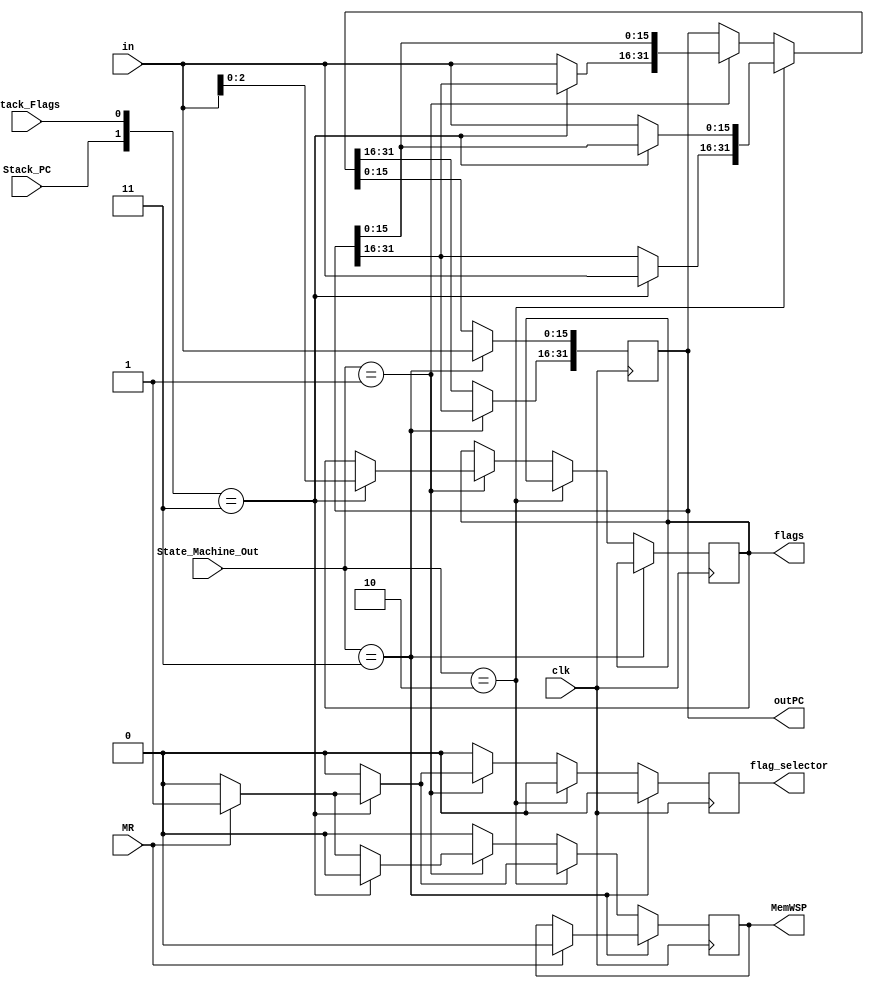
module Accumulator (clk,MR,flags,State_Machine_Out,in,Stack_PC,Stack_Flags,flag_selector,MemWSP,outPC); 
input clk, MR; 
input [1:0] State_Machine_Out;
input  [15:0] in;
input Stack_PC,Stack_Flags;
output reg flag_selector,MemWSP; 
output [31:0] outPC; 
output reg [2:0]flags;
reg [31:0] tmp; 
 
 initial begin
    flag_selector = 1'b0;
    MemWSP = 1'b0;
    flags = 3'd0;
 end


  always @(posedge clk) 
    begin 
      if(State_Machine_Out==2'b11 )
      begin
        flag_selector= 1'b0;
        tmp[15:0] = in; 
        if(MR==1'b1)
        begin 
          MemWSP= 1'b0;
        end
      end
      else if(State_Machine_Out==2'b10)
      begin
        if({Stack_PC,Stack_Flags}==2'b11)
        begin
          if(MR==1'b1)
          begin 
            MemWSP= 1'b1;
          end
          else
          begin
            MemWSP= 1'b0;
          end
          tmp[31:16] = in;
          flag_selector= 1'b0;
        end
        else begin
          MemWSP= 1'b0;
          tmp[15:0] = in;
          flag_selector= 1'b0;
        end 
      end
      else if(State_Machine_Out==2'b01 )
      begin
        if({Stack_PC,Stack_Flags}==2'b11)
        begin
        tmp = tmp;
        flags=in[2:0];
        if(MR==1'b1)
        begin 
          flag_selector= 1'b1;
          MemWSP= 1'b0;
        end
        else
        begin
          flag_selector= 1'b0;
          MemWSP= 1'b0;
        end
        end
        else begin
          tmp[31:16] = in;
          flag_selector= 1'b0;
          if(MR==1'b1)
          begin
            MemWSP= 1'b1;
          end
          else
          begin
            MemWSP= 1'b0;
          end
        end
      end
      else 
      begin
        tmp = tmp; 
        flag_selector= 1'b0;
        MemWSP= 1'b0;
      end
    end 
  assign outPC = tmp; 
endmodule